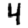
Digit: 4